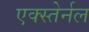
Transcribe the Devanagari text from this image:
एक्स्तेर्नल